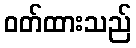
ဝတ်ထားသည်